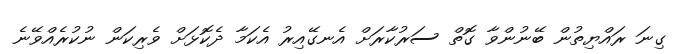
ގިނަ ރައްޔިތުން ބޭނުންވާ ގޮތް ސަރުކާރަށް އެނގޭއިރު އެކަމާ ދެކޮޅަށް ވެރިކަން ނުކުރެއްވޭނެ